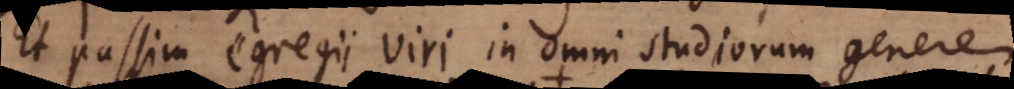
Et passim egregii viri in omni studiorum genere